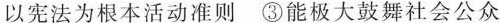
以宪法为根本活动准则 ③能极大鼓舞社会公众